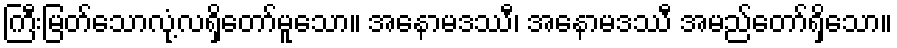
ကြီးမြတ်သောလုံ့လရှိတော်မူသော။ အနောမဒဿီ၊ အနောမဒဿီ အမည်တော်ရှိသော။